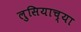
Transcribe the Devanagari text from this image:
लुसियाच्या